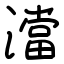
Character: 澢